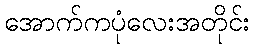
အောက်ကပုံလေးအတိုင်း